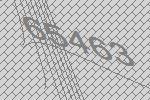
65463